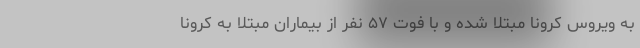
به ویروس کرونا مبتلا شده و با فوت ۵۷ نفر از بیماران مبتلا به کرونا